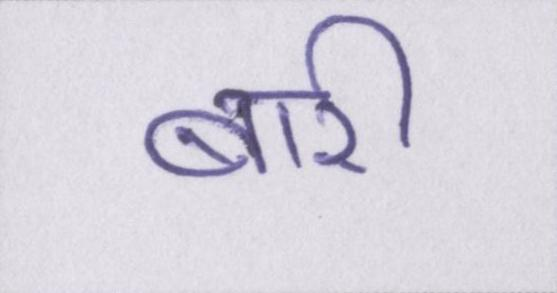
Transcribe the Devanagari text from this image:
बारी